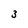
Character: 3